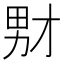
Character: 𪟞